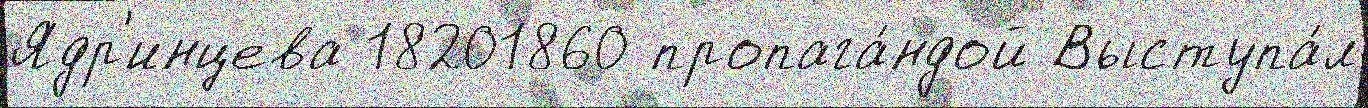
Ядр'инцева 18201860 пропага́ндой Выступа́л